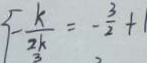
- \frac { k } { 2 k } = - \frac { 3 } { 2 } + 1